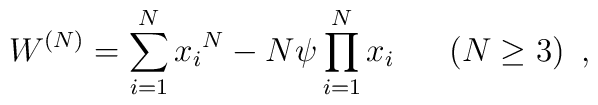
W^{(N)} = \sum_{i=1}^{N} {{x}_{i}}^{N}-N\psi \prod_{i=1}^{N} {{x}_{i}} \hspace{7mm} (N\geq 3) \,\,\,,